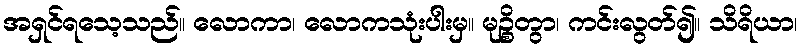
အရှင်ရသေ့သည်။ လောကာ၊ လောကသုံးပါးမှ။ မုဉ္စိတွာ၊ ကင်းလွတ်၍။ သိရိယာ၊